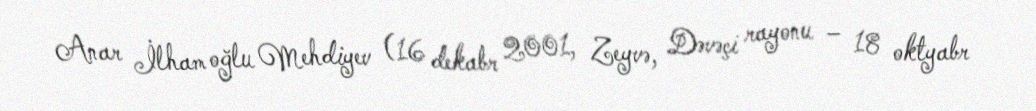
Anar İlham oğlu Mehdiyev (16 dekabr 2001, Zeyvə, Dəvəçi rayonu – 18 oktyabr